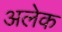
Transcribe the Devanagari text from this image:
अलेक